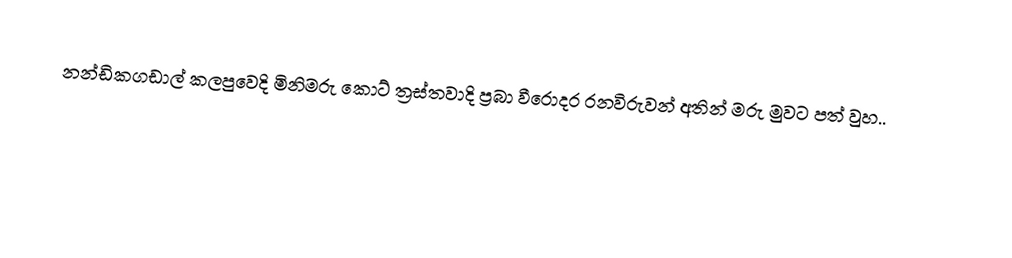
නන්ඩිකගඩාල් කලපුවෙදි මිනිමරු කොට් ත්‍රස්තවාදි ප්‍රබා වීරොදර රනවිරුවන් අතින් මරු මුවට පත් වුහ..